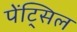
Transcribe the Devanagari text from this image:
पेंट्सिल